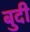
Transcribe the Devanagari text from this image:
बुदी